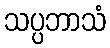
သပ္ပဘာသံ